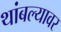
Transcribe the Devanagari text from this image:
थांबल्यावर